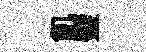
飢璧